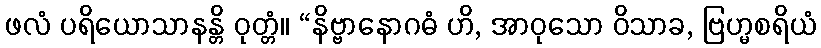
ဖလံ ပရိယောသာနန္တိ ဝုတ္တံ။ “နိဗ္ဗာနောဂဓံ ဟိ, အာဝုသော ဝိသာခ, ဗြဟ္မစရိယံ